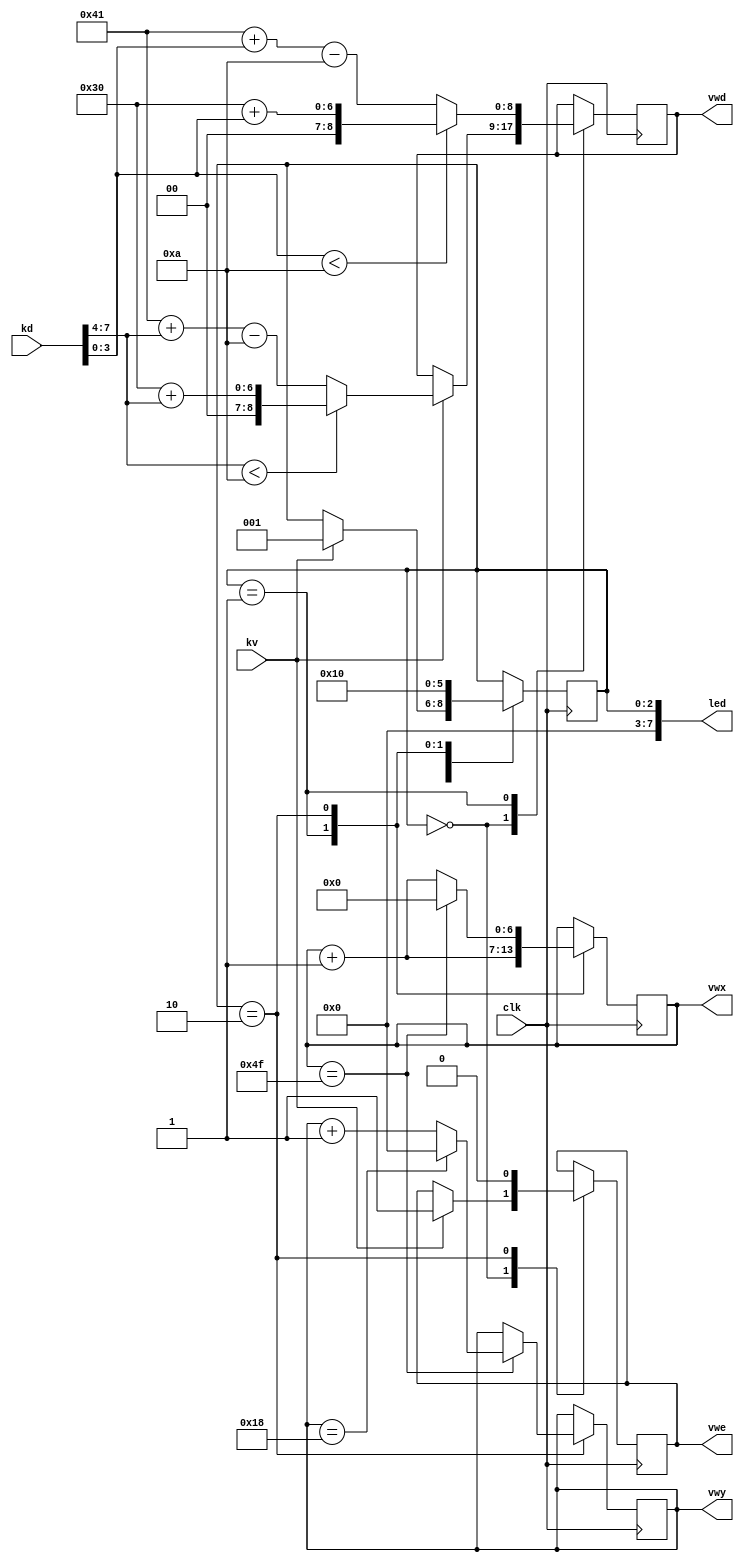
module sm(
	input wire [7:0] kd,
	input wire kv,
	output reg vwe,
	output reg [6:0] vwx,
	output reg [4:0] vwy,
	output reg [8:0] vwd,
	output wire [7:0] led,
	input wire clk
);

reg [2:0] state;

initial state = 0;
initial vwe = 0;

assign led = state;

always @(posedge clk) begin
	case (state)
	0: begin
		if (kv) begin
			state <= 1;
			vwe <= 1;
			if (kd[7:4] < 10)
				vwd <= 9'h30 + kd[7:4];
			else
				vwd <= 9'h41 + kd[7:4] - 10;
		end
	end
	1: begin
		vwx <= vwx + 1;
		if (kd[3:0] < 10)
			vwd <= 9'h30 + kd[3:0];
		else
			vwd <= 9'h41 + kd[3:0] - 10;
		state <= 2;
	end
	2: begin
		vwx <= vwx + 1;
		if (vwx == 79) begin
			vwx <= 0;
			vwy <= vwy + 1;
			if (vwy == 24) begin
				vwy <= 0;
			end
		end
		state <= 0;
		vwe <= 0;
	end
	endcase
end

endmodule